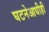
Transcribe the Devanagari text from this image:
घटनेआधीही